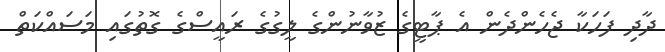
ދާދި ފަހަކާ ޖެހެންދެން އެ ޕާޓީގެ ޒުވާނުންގެ ލީގުގެ ރައީސްގެ ގޮތުގައި މަސައްކަތް